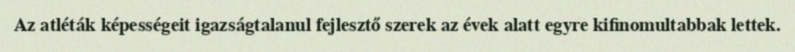
Az atléták képességeit igazságtalanul fejlesztő szerek az évek alatt egyre kifinomultabbak lettek.